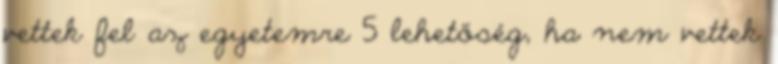
vettek fel az egyetemre 5 lehetőség, ha nem vettek